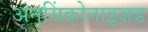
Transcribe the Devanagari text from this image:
अनसिंक्रोनाइज़ड